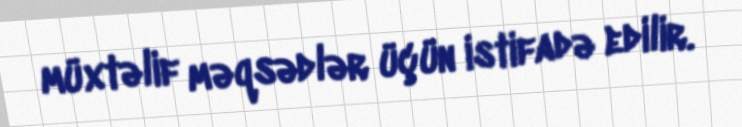
müxtəlif məqsədlər üçün istifadə edilir.